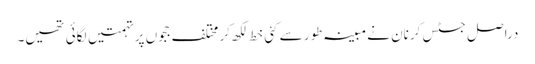
دراصل جسٹس کرنان نے مبینہ طور سے کئی خط لکھ کر مختلف ججوں پر تہمتیں لگائی تھیں۔